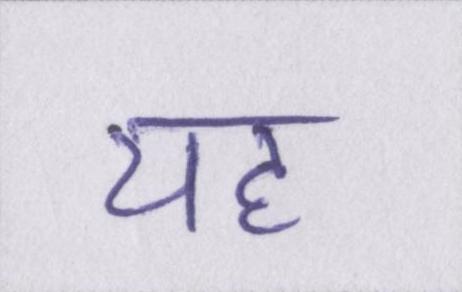
यह